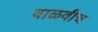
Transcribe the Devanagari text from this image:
वाळवीच